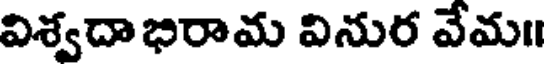
విశ్వదాభిరామ వినుర వేమ॥